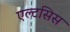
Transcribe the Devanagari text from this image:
एल्टसिस